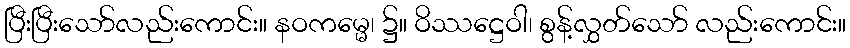
ပြီးပြီးသော်လည်းကောင်း။ နဝကမ္မေ၊ ၌။ ဝိဿဋ္ဌေဝါ၊ စွန့်လွှတ်သော် လည်းကောင်း။